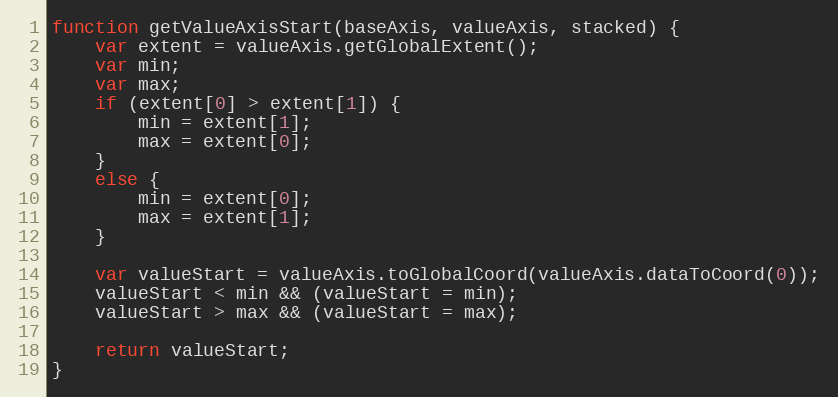
Language: JavaScript
function getValueAxisStart(baseAxis, valueAxis, stacked) {
    var extent = valueAxis.getGlobalExtent();
    var min;
    var max;
    if (extent[0] > extent[1]) {
        min = extent[1];
        max = extent[0];
    }
    else {
        min = extent[0];
        max = extent[1];
    }

    var valueStart = valueAxis.toGlobalCoord(valueAxis.dataToCoord(0));
    valueStart < min && (valueStart = min);
    valueStart > max && (valueStart = max);

    return valueStart;
}